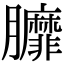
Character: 𦣆